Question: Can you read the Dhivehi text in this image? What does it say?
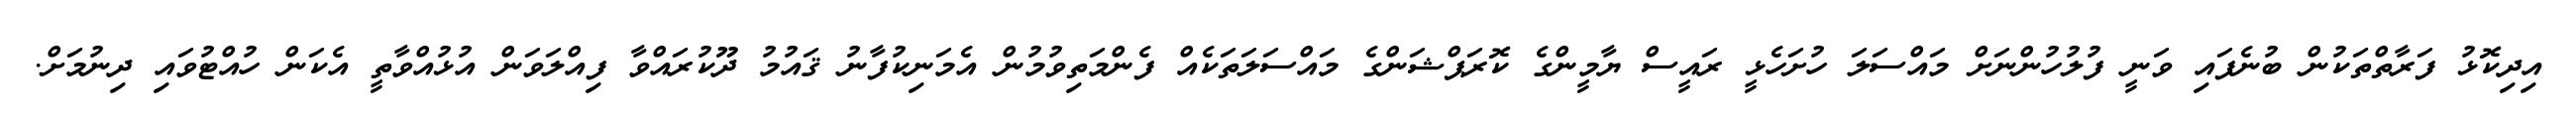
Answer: އިދިކޮޅު ފަރާތްތަކުން ބުނެފައި ވަނީ ފުލުހުންނަށް މައްސަލަ ހުށަހެޅީ ރައީސް ޔާމީންގެ ކޮރަޕްޝަންގެ މައްސަލަތަކެއް ފެންމަތިވުމުން އެމަނިކުފާނު ޤައުމު ދޫކުރައްވާ ފިއްލަވަން އުޅުއްވާތީ އެކަން ހުއްޓުވައި ދިނުމަށް.